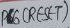
Text: PB6(RESET)